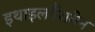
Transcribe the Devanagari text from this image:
इथाइलपैराबेन